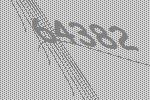
64382